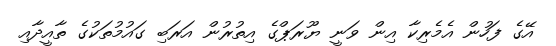
އޭގެ ފަހުން އެމެރިކާ އިން ވަނީ ޔޫރަޕްގެ އިތުރުން އަރަބި ގައުމުތަކުގެ ތާއީދާއި